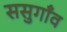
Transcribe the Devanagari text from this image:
ससुगाँव